King Institute of Preventive Medicine Bacteriolog. Section reports 1907-08
Year: 1907
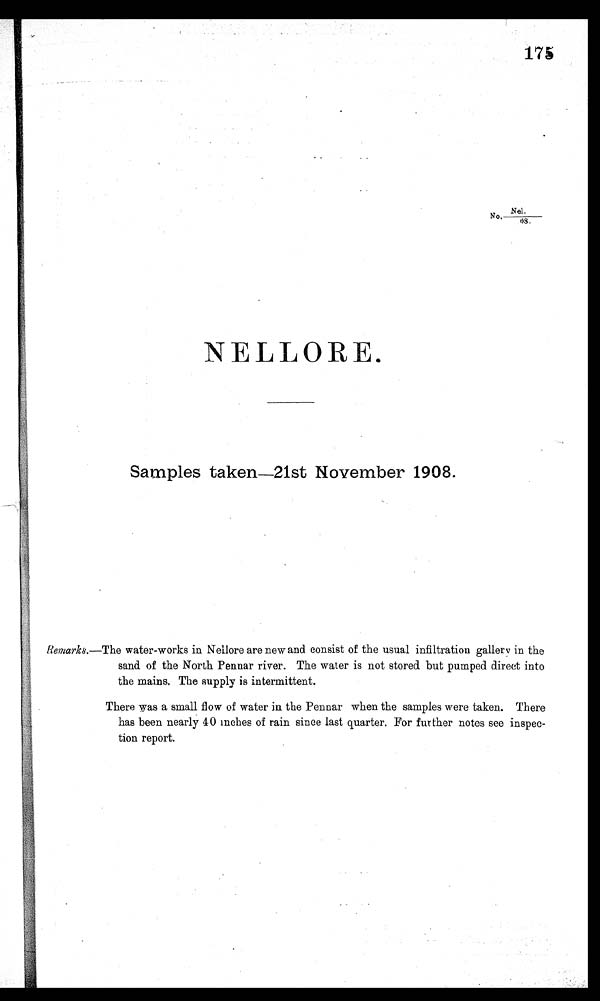
175
No. Nel./08.
NELLORE.
Samples taken—21st November 1908
Remarks. —The water-works in Nellore are new and consist of the usual infiltration gallery in the
sand. of the North Pennar river. The water is not stored but pumped direct into
the mains. The supply is intermittent.
There was a small flow of water in the Pennar when the samples were taken. There
has been nearly 40 inches of rain since last quarter. For further notes see inspect-
tion report.